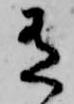
有